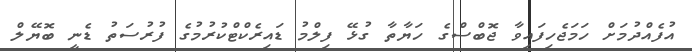
އުފެއްދުމަށް ހަމަޖެހިފައިވާ ޖޮބްސްގެ ހަޔާތާ ގުޅޭ ފިލްމު ޑައިރެކްޓްކުރުމުގެ ފުރުސަތު ޑެނީ ބޮޔޭލް